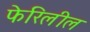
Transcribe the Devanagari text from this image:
फेरिलील